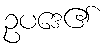
ဥပဒေ၏